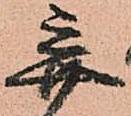
弃